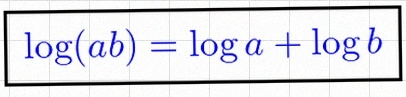
\log(ab)=\log a+\log b